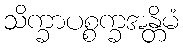
သိက္ခာပစ္စက္ခအန္တိမံ